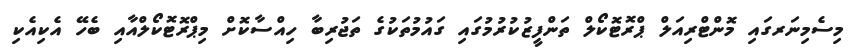
މިސެމިނަރގައި މޮންޓްރިއަލް ޕްރޮޓޮކޯލް ތަންފީޒުކުރުމުގައި ގައުމުތަކުގެ ތަޖުރިބާ ހިއްސާކޮށް މިޕްރޮޓޮކޯލްއާއި ބެހޭ އެކިއެކި